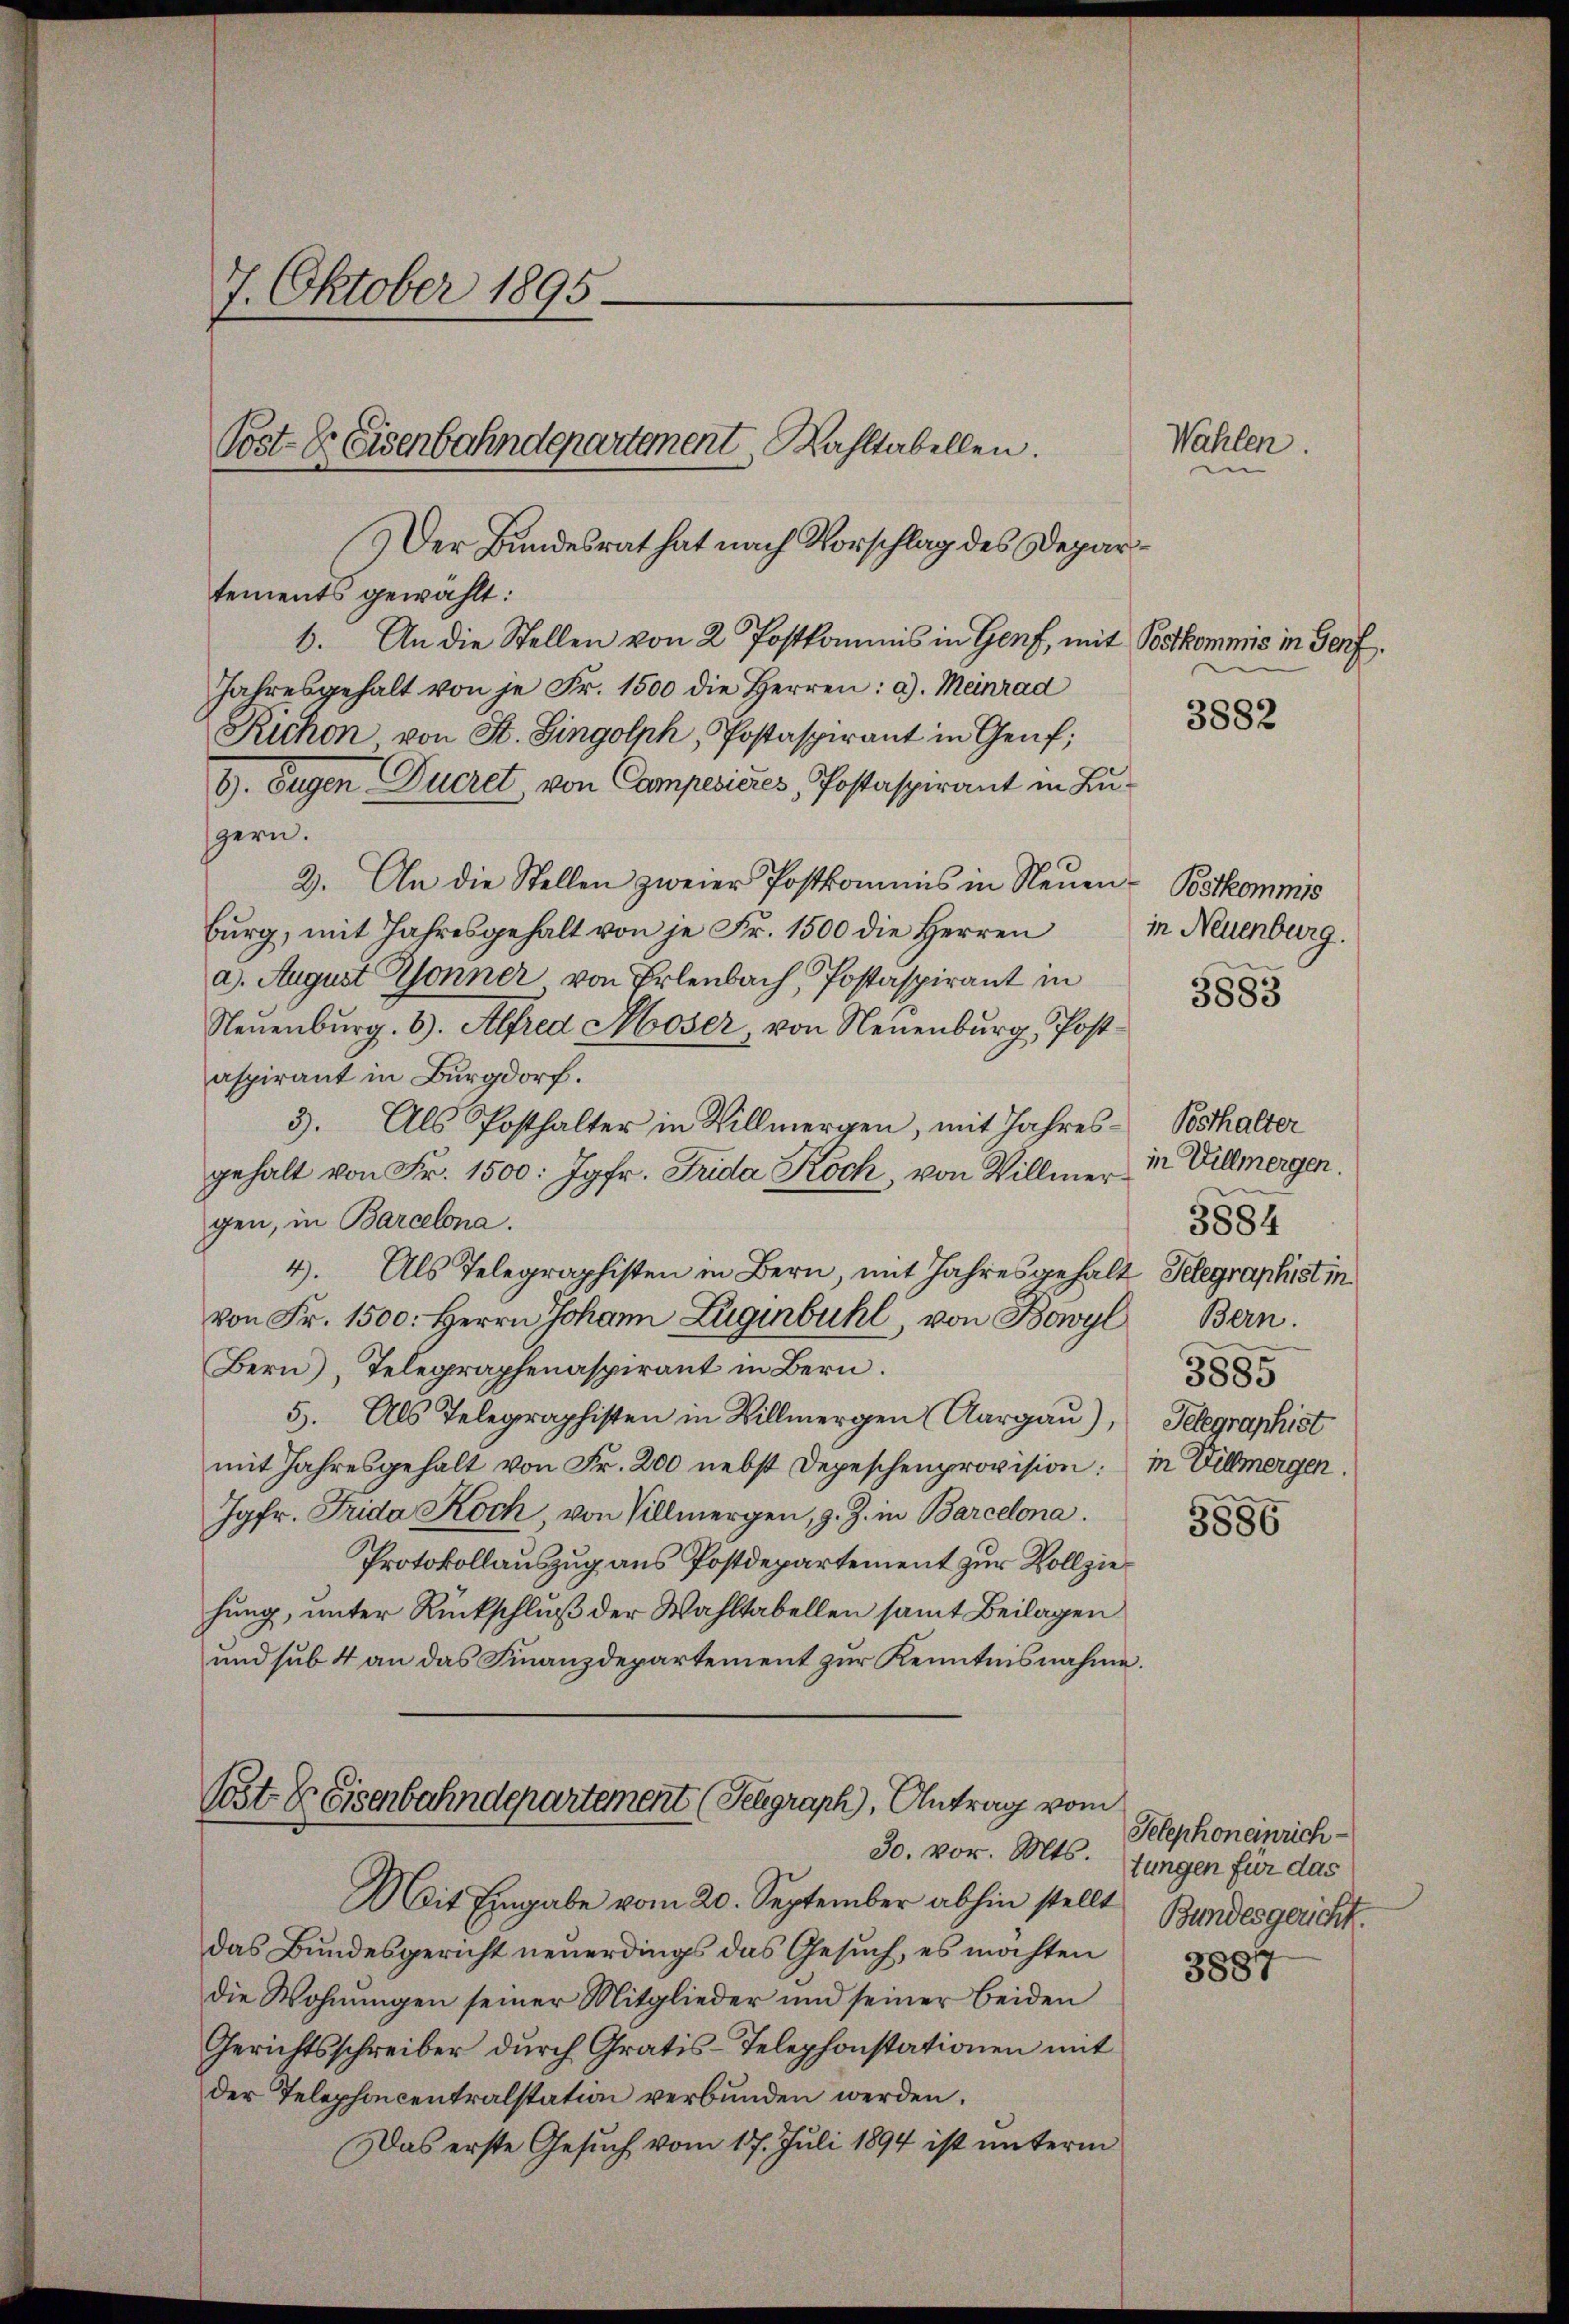
7. Oktober 1895.

Der Bundesrat hat nach Vorschlag des Departements gewählt:
1. An die Stellen von 2 Postkommis in Genf, mit Botkommis in Genf.
Jahresgehalt von je Fr. 1500 die Herren: a. Meinrad
Richon von St. Singolph Postaspirant in Genf;
9). Eugen Ducret, von Campesieres, Postaspirant in Lugern.
2. An die Stellen zweier Postkommis in Neuen- Bstkommis
bŭrg, mit Jahresgehalt von je Fr. 1500 die Herren in Neuenburg.
a. August Gonner von Erlenbach, Postaspirant in
Neuenburg. 6. Alfred Hoser, von Neuenburg Postaspirant in Burgdorf.
3. Als Posthalter in Willmergen, mit Jahresgehalt von Fr. 1500: Jgfr. Frida Koch, von Villmergen, in Barcelona.
4. Als Telegraphisten in Bern, mit Jahresgehalt Telegraphist in
von Fr. 1500. Herrn Johann Züginbühl, von Bowyl
Bern), Telegraphenaspirant in Bern.
5. Als Telegraphisten in Billmergen (Aargau),
mit Jahresgehalt von Fr. 200 nebst Depeschenprovision: in Villmergen.
Jgfr. Frida Koch, von Villmergen, z. Z. in Barcelona.
Protokollauszug aus Postdepartement zur Vollziehung, unter Rückschluß der Wahltabellen samt Beilagen
und sub 4 an das Finanzdepartement zur Kenntnisnahme.

Post- & Eisenbahndepartement Zahltabellen.

Mit Eingabe vom 20. September abhin stellt
das Bundesgericht neuerdings das Gesuch, es möchten
die Wohnŭngen seiner Mitglieder und seiner beiden
Gerichtsschreiber durch Gratis-Telephonstationen mit
der Telephoncentralstation verbunden werden.
Das erste Gesuch vom 17. Juli 1894 ist unterm

Post & Eisenbahndepartement (Selgraph, Antrag vom
30. vor. Mts. Jungen für das

Wahlen.

3882

3883

Posthalter
in Villmergen.
3884
Bern.
3885
Telegraphist

3886

Telephoneinrich
Bundesgericht.

3887